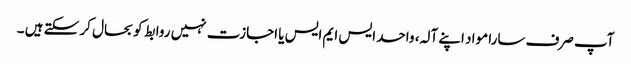
آپ صرف سارا مواد اپنے آلہ، واحد ایس ایم ایس یا اجازت نہیں روابط کو بحال کر سکتے ہیں ۔